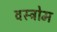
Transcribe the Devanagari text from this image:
वस्त्रोम